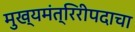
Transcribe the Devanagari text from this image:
मुख्यमंत्रिरीपदाचा